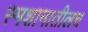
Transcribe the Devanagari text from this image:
स्मशानातीलच